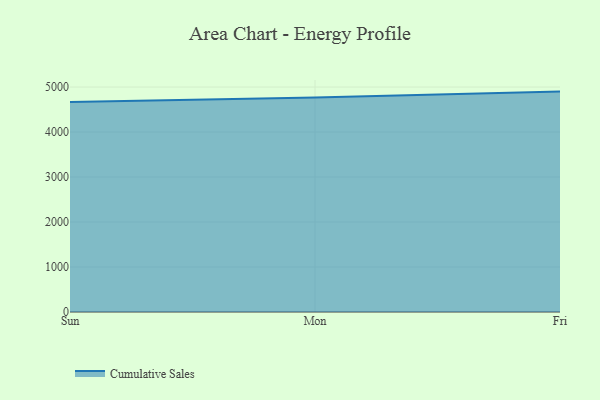
{"axis": {"x": "Day", "y": "Page Views"}, "legend": ["Cumulative Sales"], "data": [{"x": "Sun", "y": 4670.6, "type": "Cumulative Sales"}, {"x": "Mon", "y": 4765.9, "type": "Cumulative Sales"}, {"x": "Fri", "y": 4899.0, "type": "Cumulative Sales"}]}